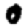
Digit: 0